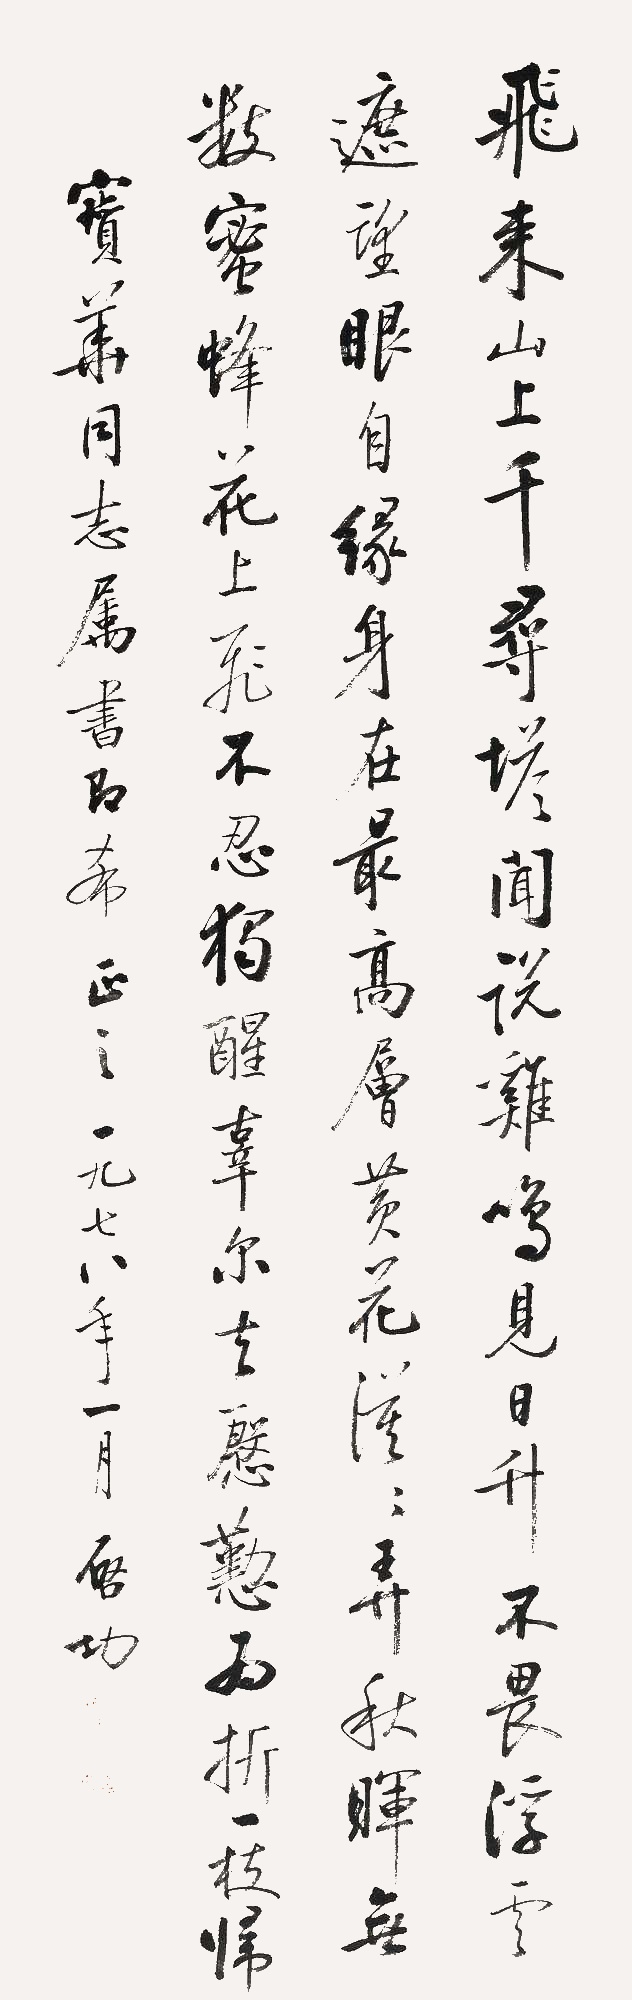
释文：飞来山上千寻塔，闻说鸡鸣见日升。不畏浮云遮望眼，自缘身在最高层。黄花漠漠弄秋晖，无数蜜蜂花上飞。不忍独醒孤尔去，殷懃为折一枝归。宝华同志属书即希正之。一九七八年一月，启功。